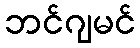
ဘင်ဂျမင်